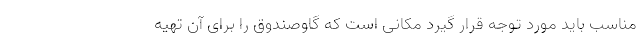
مناسب باید مورد توجه قرار گیرد مکانی است که گاوصندوق را برای آن تهیه